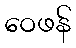
ဝေဖန်